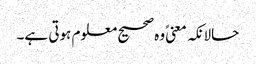
حالانکہ معنیً وہ صحیح معلوم ہوتی ہے۔